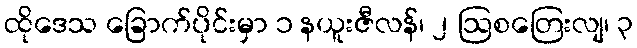
ထိုဒေသ ခြောက်ပိုင်းမှာ ၁ နယူးဇီလန်၊ ၂ ဩစတြေးလျ၊ ၃